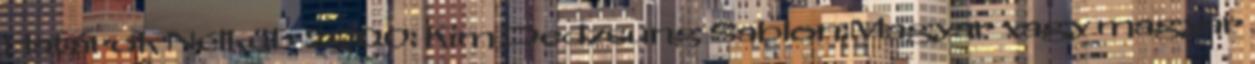
Határok Nélkül · 2000: Kim Dedzsung Sablon:Magyar vagy magyar